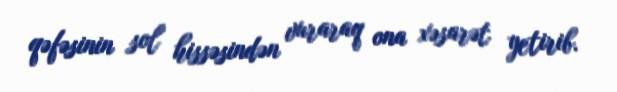
qəfəsinin sol hissəsindən vuraraq ona xəsarət yetirib.